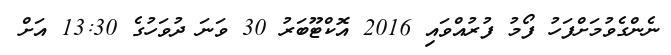
ނެންގެވުމަށްފަހު ފޯމު ފުރުއްވައި 2016 އޮކްޓޫބަރު 30 ވަނަ ދުވަހުގެ 13:30 އަށް